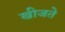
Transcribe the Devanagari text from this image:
खीजते